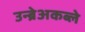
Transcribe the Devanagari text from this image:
उन्ब्रेअकब्ले